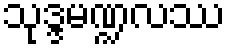
သုဒ္ဒမဏ္ဍလဿ